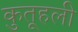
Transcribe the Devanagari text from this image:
कुतूहली